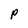
Character: P